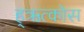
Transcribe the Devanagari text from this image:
ह्ऋत्कोस